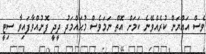
ވެސް އައްޔަން ކުރެއްވޭނެ ކަމަށް އޮތް ނަމަވެސް މުޙައްމަދު ދީދީ ފޮނުއްވާފައިވާ ސިޓީ